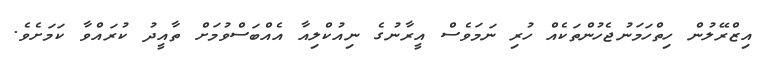
އިޒްރޭލުން ހިތްހަމަނުޖެހުންތަކެއް ހުރި ނަމަވެސް އީރާނުގެ ނިއުކްލިއާ އެއްބަސްވުމަށް ތާއީދު ކުރައްވާ ކަމަށެވެ.